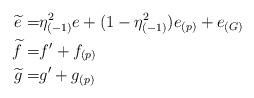
LaTeX: \begin{align*} \widetilde{e} =& \eta_{(-1)}^{2} e + (1- \eta_{(-1)}^{2}) e_{(p)} + e_{(G)}\\ \widetilde{f} =& f' + f_{(p)} \\ \widetilde{g} =& g' + g_{(p)} \end{align*}